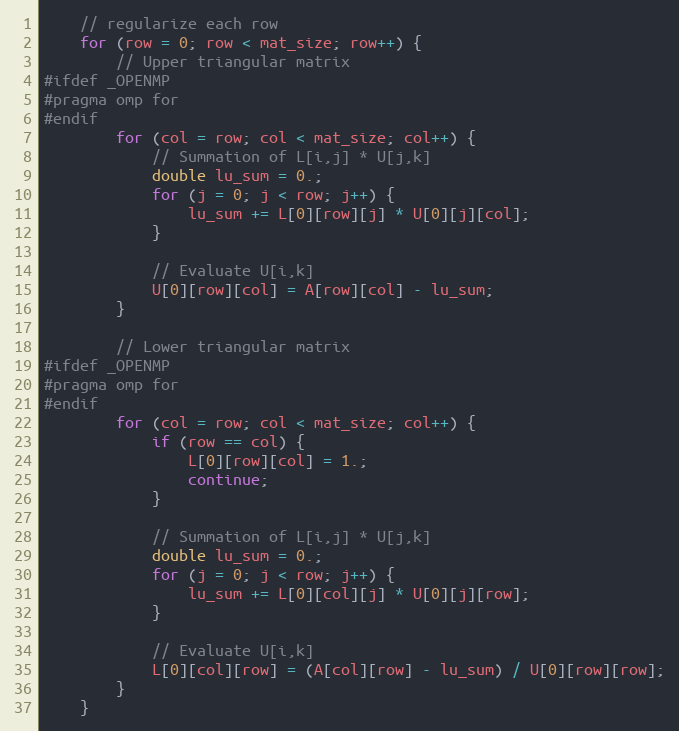
Language: C
    // regularize each row
    for (row = 0; row < mat_size; row++) {
        // Upper triangular matrix
#ifdef _OPENMP
#pragma omp for
#endif
        for (col = row; col < mat_size; col++) {
            // Summation of L[i,j] * U[j,k]
            double lu_sum = 0.;
            for (j = 0; j < row; j++) {
                lu_sum += L[0][row][j] * U[0][j][col];
            }

            // Evaluate U[i,k]
            U[0][row][col] = A[row][col] - lu_sum;
        }

        // Lower triangular matrix
#ifdef _OPENMP
#pragma omp for
#endif
        for (col = row; col < mat_size; col++) {
            if (row == col) {
                L[0][row][col] = 1.;
                continue;
            }

            // Summation of L[i,j] * U[j,k]
            double lu_sum = 0.;
            for (j = 0; j < row; j++) {
                lu_sum += L[0][col][j] * U[0][j][row];
            }

            // Evaluate U[i,k]
            L[0][col][row] = (A[col][row] - lu_sum) / U[0][row][row];
        }
    }